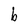
Character: b